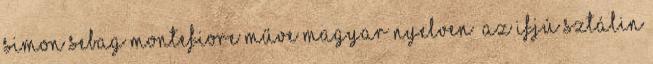
Simon Sebag Montefiore műve magyar nyelven „Az ifjú Sztálin